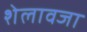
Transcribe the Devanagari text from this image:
शेलावजा